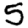
Digit: 5